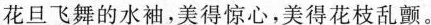
花旦飞舞的水袖，美得惊心，美的花枝乱颤。